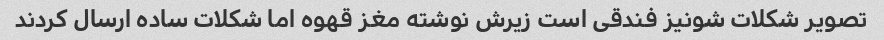
تصویر شکلات شونیز فندقی است زیرش نوشته مغز قهوه اما شکلات ساده ارسال کردند